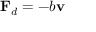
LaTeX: \mathbf { F } _ { d } = - b \mathbf { v }